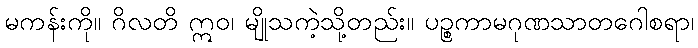
မကန်းကို။ ဂိလတိ ဣဝ၊ မျိုသကဲ့သို့တည်း။ ပဉ္စကာမဂုဏသာတဂေါစရာ၊